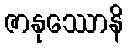
ဇာနုဿောနိ